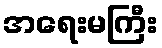
အရေးမကြီး